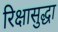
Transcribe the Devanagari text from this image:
रिक्षासुद्धा